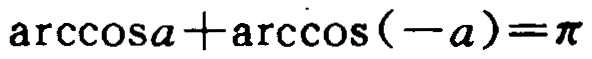
\(\arccos a+\arccos(-a)=\pi\)